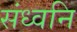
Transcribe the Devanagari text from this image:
संध्वनि